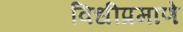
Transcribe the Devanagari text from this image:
विधीप्रमाणे